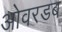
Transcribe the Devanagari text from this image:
ओवरडब